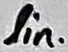
Text: lin.